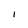
Character: I